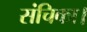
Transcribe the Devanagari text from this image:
संचिका।